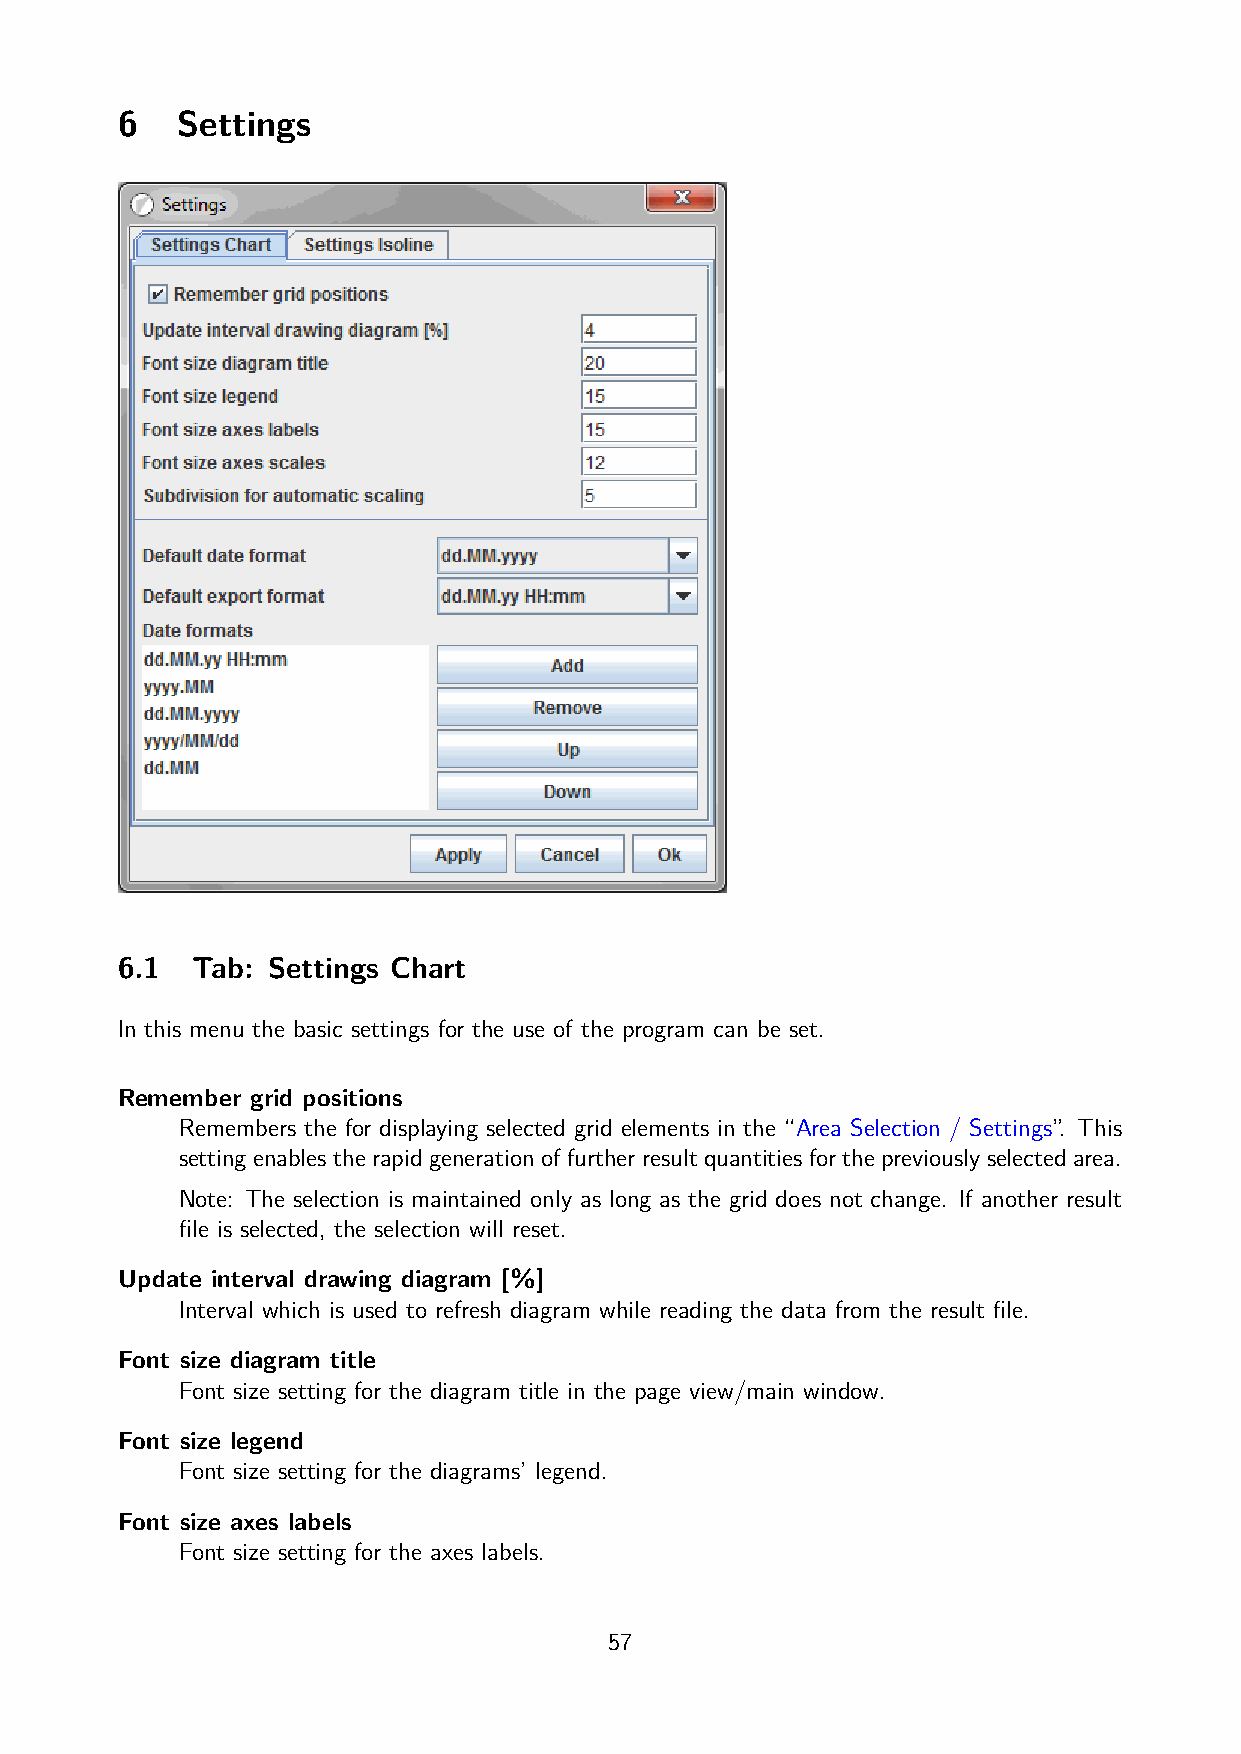
6   Settings
 6.1  Tab: Settings Chart
 In this menu the basic settings for the use of the program can be set.
 Remember grid positions
 Remembers the for displaying selected grid elements in the “Area Selection / Settings”. This
 setting enables the rapid generation of further result quantities for the previously selected area.
 Note: The selection is maintained only as long as the grid does not change. If another result
 file is selected, the selection will reset.
 Update interval drawing diagram [%]
 Interval which is used to refresh diagram while reading the data from the result file.
 Font size diagram title
 Font size setting for the diagram title in the page view/main window.
 Font size legend
 Font size setting for the diagrams’ legend.
 Font size axes labels
 Font size setting for the axes labels.
 57